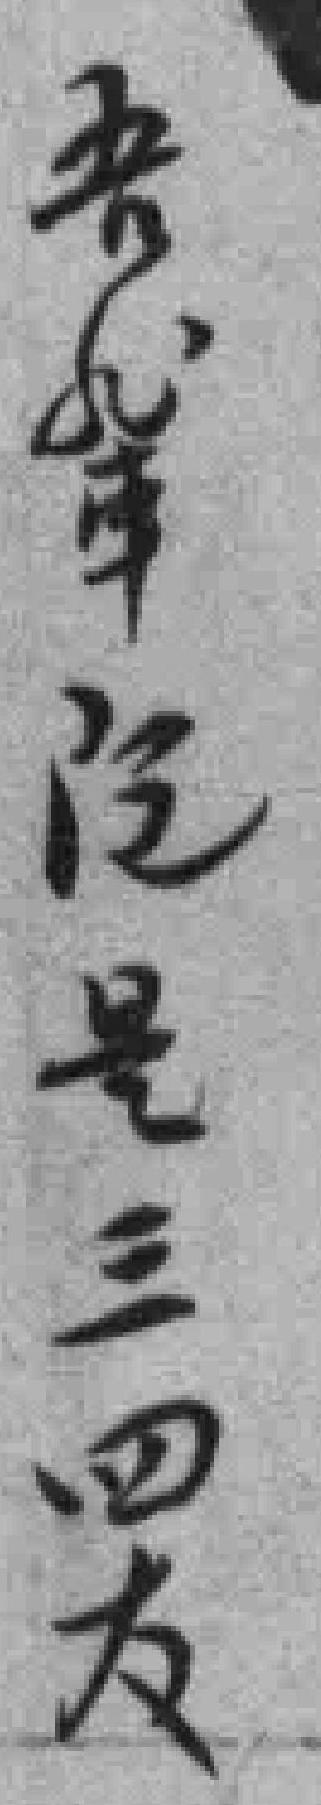
吾軰既是三四友